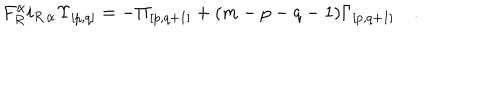
F _ { R } ^ { \alpha } i _ { R \, \alpha } { \Upsilon } _ { { [ p , q ] } } = - { \Pi } _ { [ p , q + 1 ] } + ( m - p - q - 1 ) { \Gamma } _ { { [ p , q + 1 ] } } \quad .